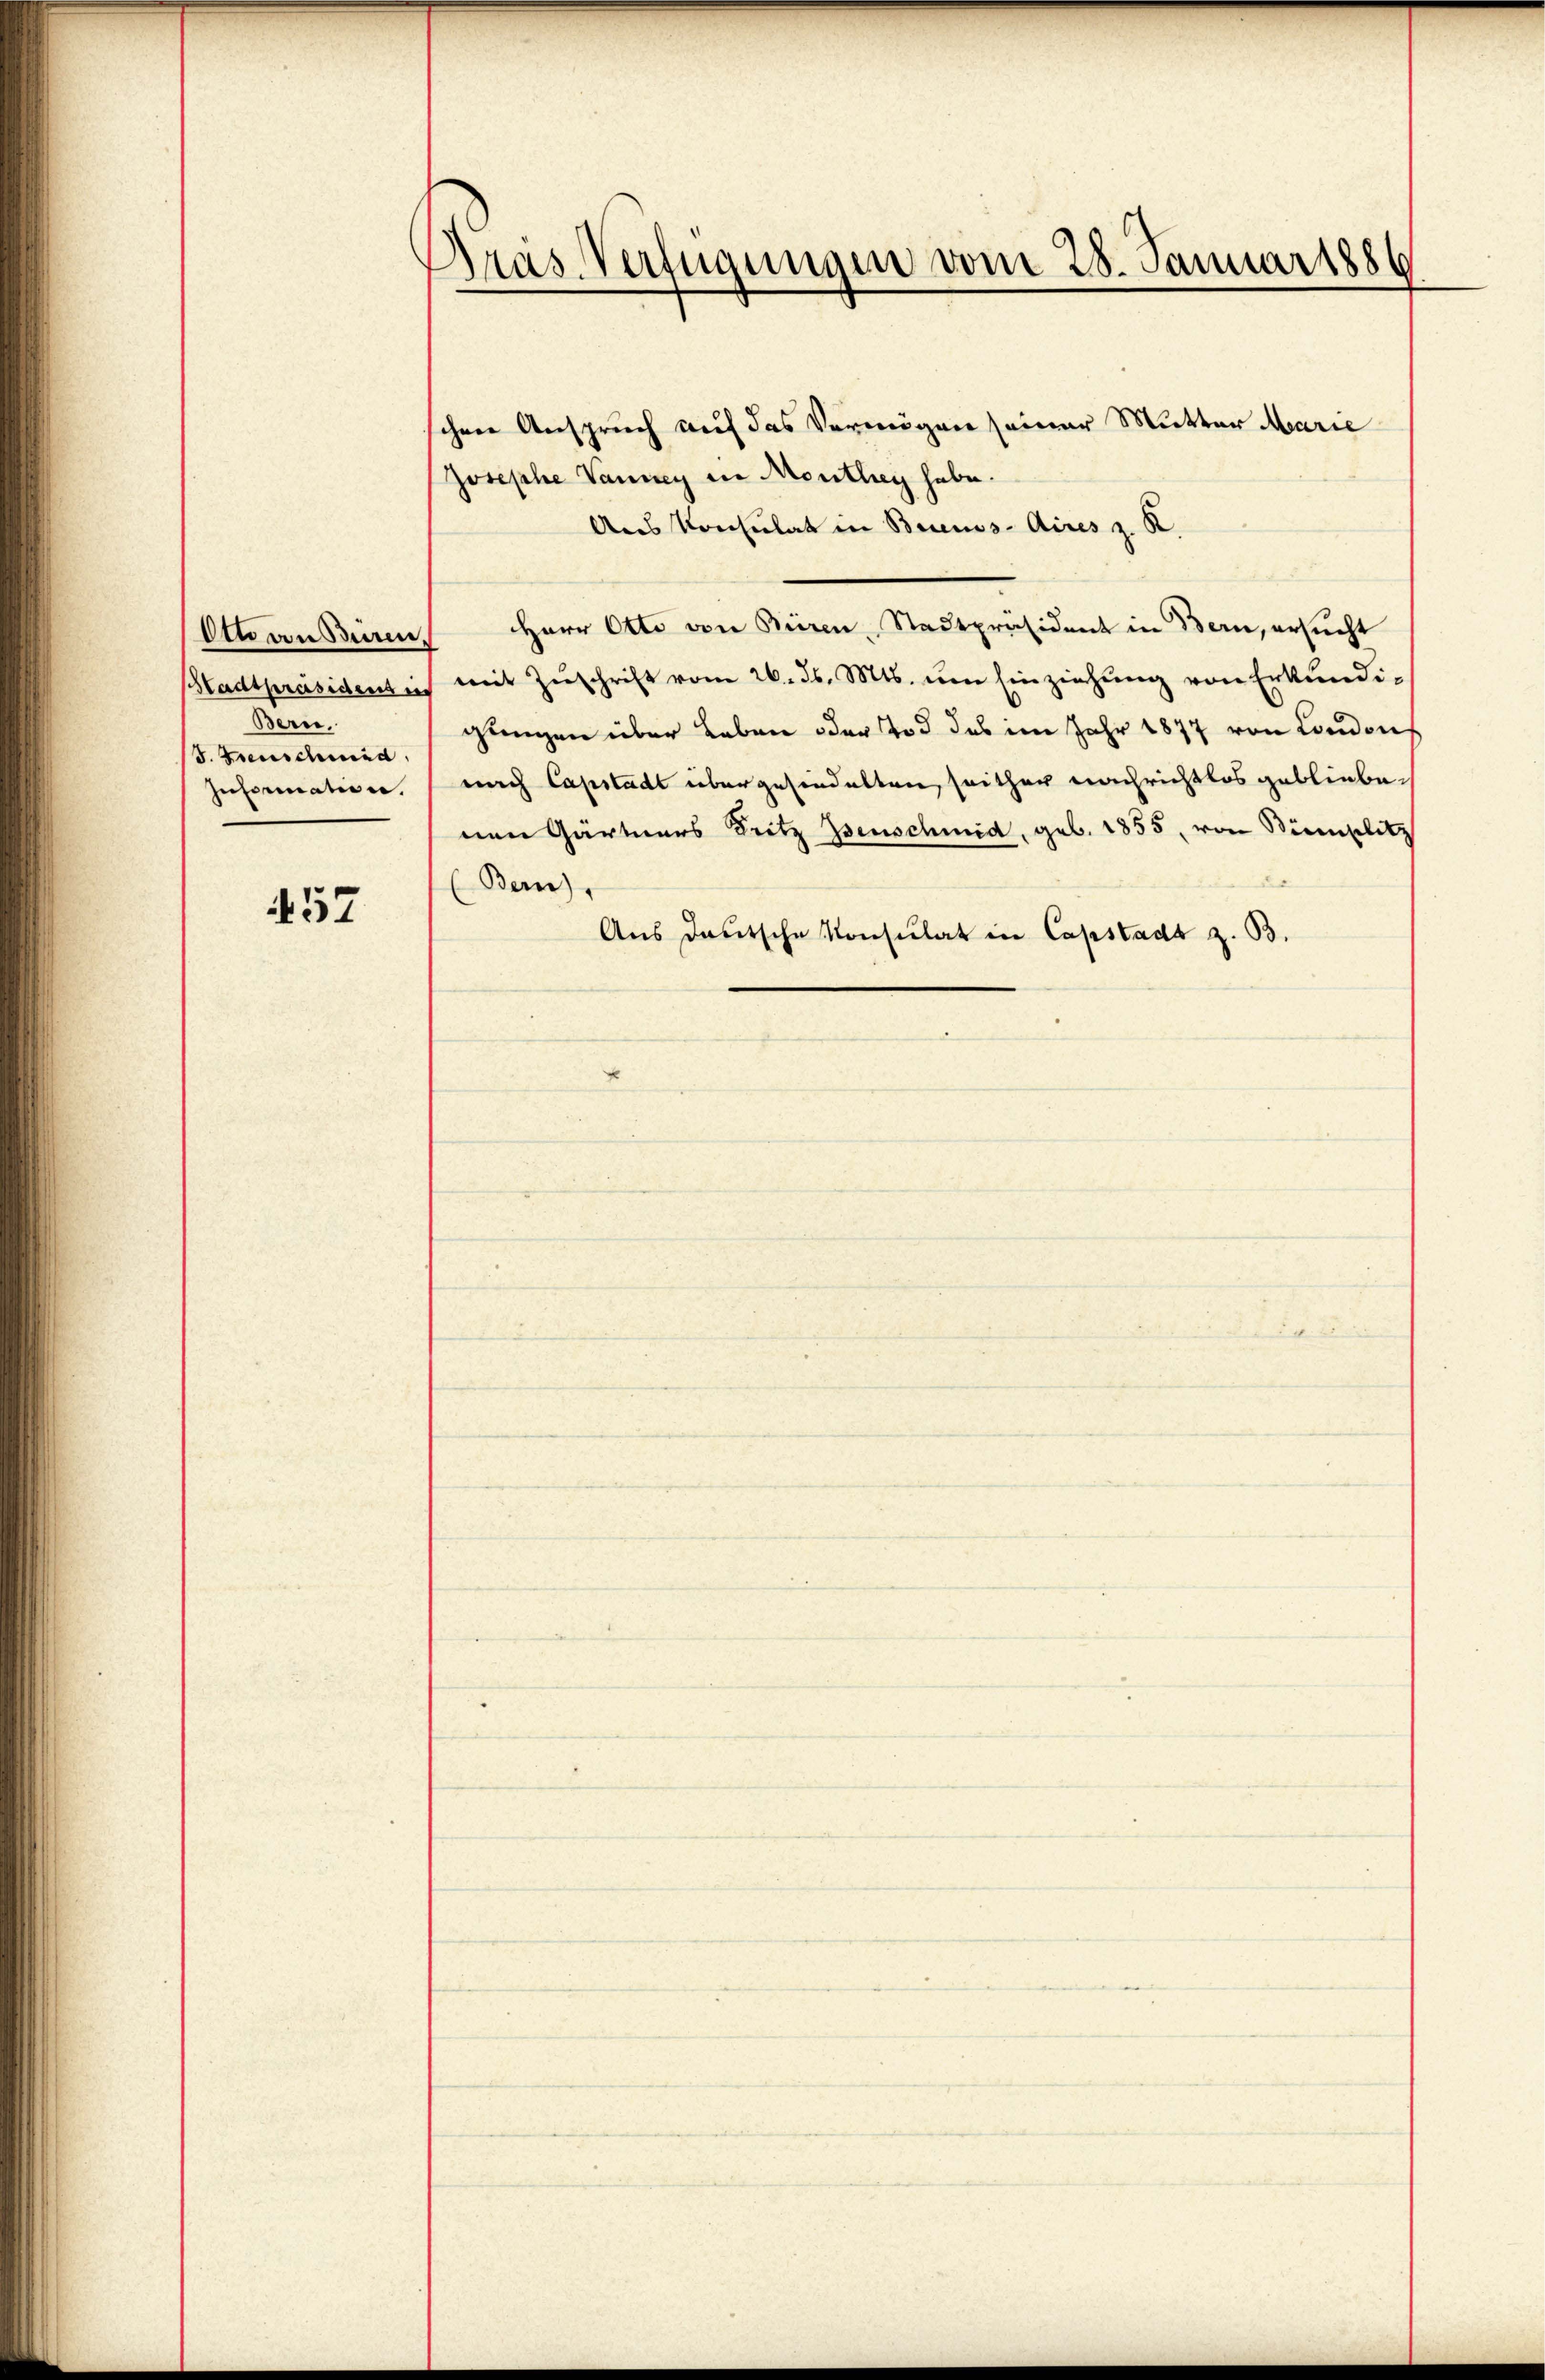
Ott aussiren.
Stadtpräsidens in
Bern.
S. Dienscheid
Information.

457

Pras Verfügungen vom 28. Januar 1886

schen Anspruch auf das Vermögen seiner Mutter Marie
Josephe Vauney in Monthey habe.
Aus Konsulat in Buenos-Aires z. R.
Herr Otto von Büren, Stadtpräsident in Bern, ersucht
mit Zŭschrift vom 26. ds. Mts. um Einziehung von Erkundigungen über Leben oder Tod des im Jahr 1877 von Londons
nach Capstadt übergehindelten, seither nachrichtlos gebliebenen Gärtners Fritz Isenschmid, geb. 1855, von Simplitz
(Bern),
Aus deutsche Konsulat in Capstadt z. B.